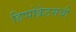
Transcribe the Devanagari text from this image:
हिप्पोक्रेटसची